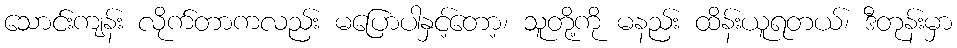
သောင်းကျန်း လိုက်တာကလည်း မပြောပါနှင့်တော့၊ သူတို့ကို မနည်း ထိန်းယူရတယ်၊ ဒီတုန်းမှာ